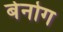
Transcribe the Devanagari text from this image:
बेनोग